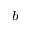
^ { b }